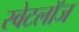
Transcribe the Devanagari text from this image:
स्वेटलॉज